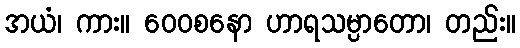
အယံ၊ ကား။ ဝေဝစနော ဟာရသမ္ပာတော၊ တည်း။